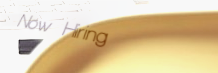
Now Hiring